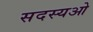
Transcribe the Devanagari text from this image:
सदस्यओ